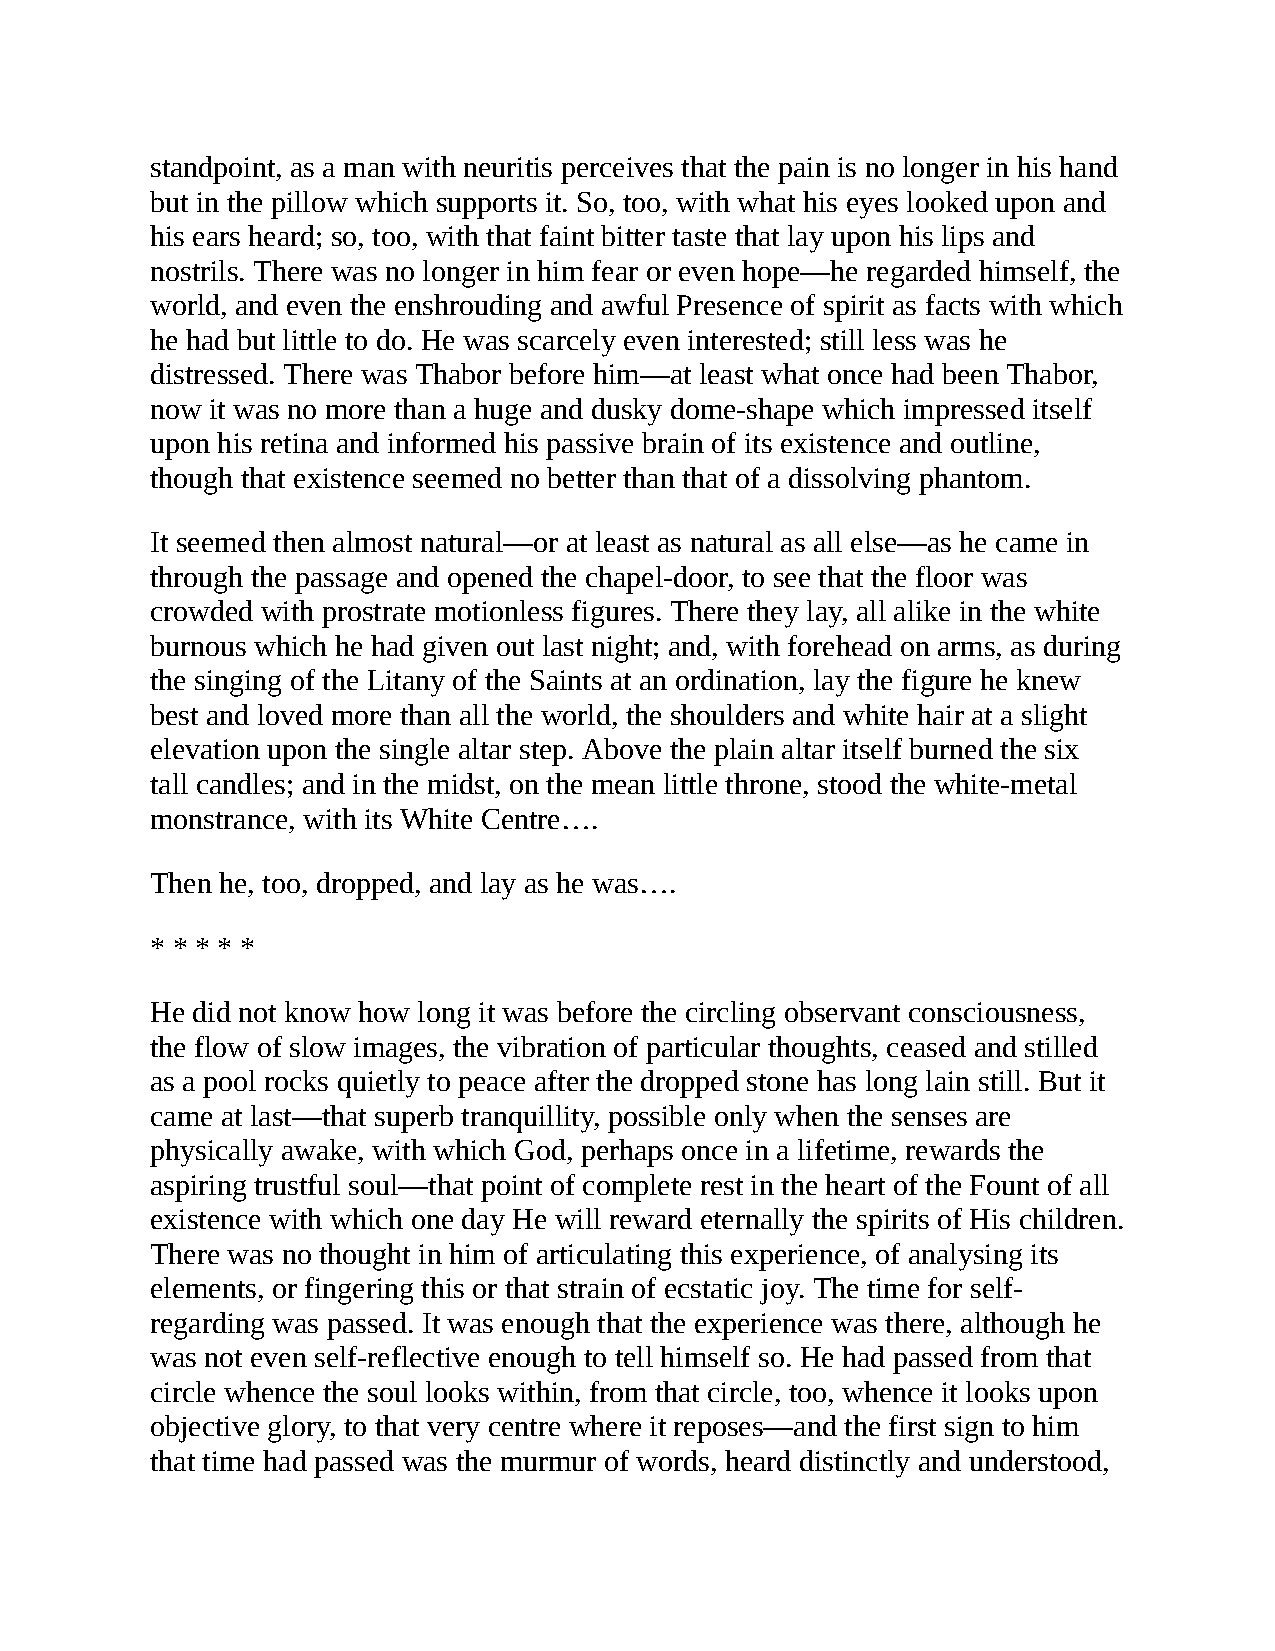
standpoint, as a man with neuritis perceives that the pain is no longer in his hand
 but in the pillow which supports it. So, too, with what his eyes looked upon and
 his ears heard; so, too, with that faint bitter taste that lay upon his lips and
 nostrils. There was no longer in him fear or even hope—he regarded himself, the
 world, and even the enshrouding and awful Presence of spirit as facts with which
 he had but little to do. He was scarcely even interested; still less was he
 distressed. There was Thabor before him—at least what once had been Thabor,
 now it was no more than a huge and dusky dome-shape which impressed itself
 upon his retina and informed his passive brain of its existence and outline,
 though that existence seemed no better than that of a dissolving phantom.
 It seemed then almost natural—or at least as natural as all else—as he came in
 through the passage and opened the chapel-door, to see that the floor was
 crowded with prostrate motionless figures. There they lay, all alike in the white
 burnous which he had given out last night; and, with forehead on arms, as during
 the singing of the Litany of the Saints at an ordination, lay the figure he knew
 best and loved more than all the world, the shoulders and white hair at a slight
 elevation upon the single altar step. Above the plain altar itself burned the six
 tall candles; and in the midst, on the mean little throne, stood the white-metal
 monstrance, with its White Centre….
 Then he, too, dropped, and lay as he was….
 * * * * *
 He did not know how long it was before the circling observant consciousness,
 the flow of slow images, the vibration of particular thoughts, ceased and stilled
 as a pool rocks quietly to peace after the dropped stone has long lain still. But it
 came at last—that superb tranquillity, possible only when the senses are
 physically awake, with which God, perhaps once in a lifetime, rewards the
 aspiring trustful soul—that point of complete rest in the heart of the Fount of all
 existence with which one day He will reward eternally the spirits of His children.
 There was no thought in him of articulating this experience, of analysing its
 elements, or fingering this or that strain of ecstatic joy. The time for self-
 regarding was passed. It was enough that the experience was there, although he
 was not even self-reflective enough to tell himself so. He had passed from that
 circle whence the soul looks within, from that circle, too, whence it looks upon
 objective glory, to that very centre where it reposes—and the first sign to him
 that time had passed was the murmur of words, heard distinctly and understood,